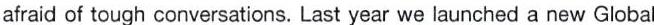
afraid of tough conversations. Last year we launched a new Global